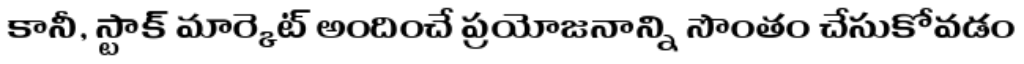
కానీ, స్టాక్ మార్కెట్ అందించే ప్రయోజనాన్ని సొంతం చేసుకోవడం